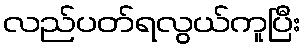
လည်ပတ်ရလွယ်ကူပြီး